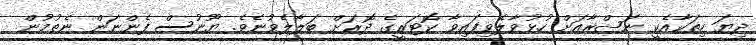
ދިޔަ ހިތަކާއެކީ ނަޞްރާއަށް ހުޅުވާލެވިފައިވާ ކޮޓަރީގެ ދޮރަށް ބަލާލެވުނެވެ. ޔޫނުސް ފެންނަން ނެތުމުން